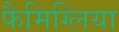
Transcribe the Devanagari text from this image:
फैमिग्लिया